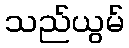
သည်ယွမ်